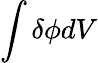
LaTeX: \int\delta\phi dV